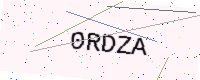
Text: 0RDZA